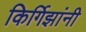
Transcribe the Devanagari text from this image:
किर्गिझांनी